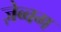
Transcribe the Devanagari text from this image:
ज़ेब्बग